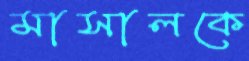
মাসালকে